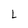
Character: L